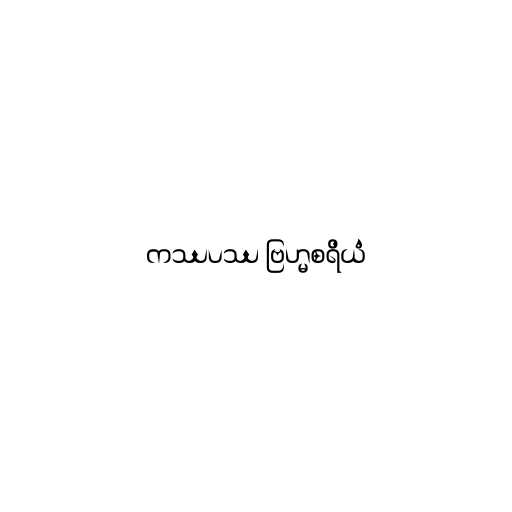
ကဿပဿ ဗြဟ္မစရိယံ